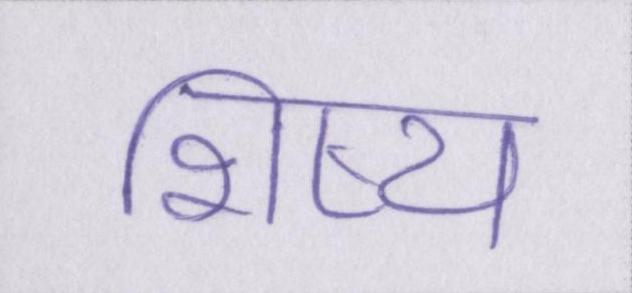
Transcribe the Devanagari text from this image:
शिष्य